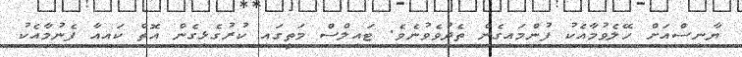
ޔާނިސްއަށް ހޭލެވުމާއެކު ފުންމައިގެން ތެދުވެވުނެވެ. ޓައިލްސް މަތީގައި ކުރުގެޅިގެން އޮތް ކައިއާ ފެނުމާއެކު